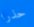
حذرا